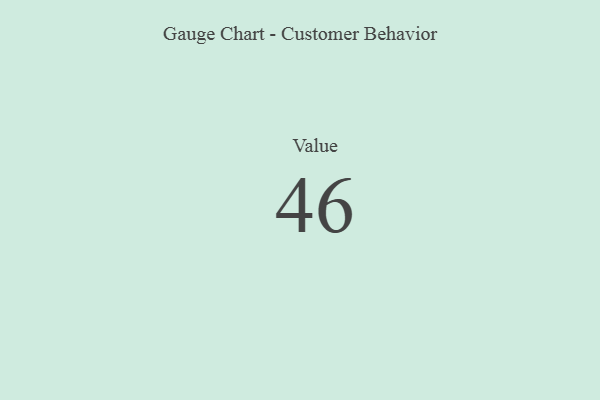
{"axis": {"x": "Metric", "y": "Value"}, "legend": [""], "data": [{"x": "Value", "y": 46, "type": ""}]}